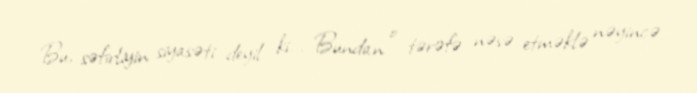
Bu, səfirliyin siyasəti deyil ki... Bundan o tərəfə nəsə etməklə nəyincə